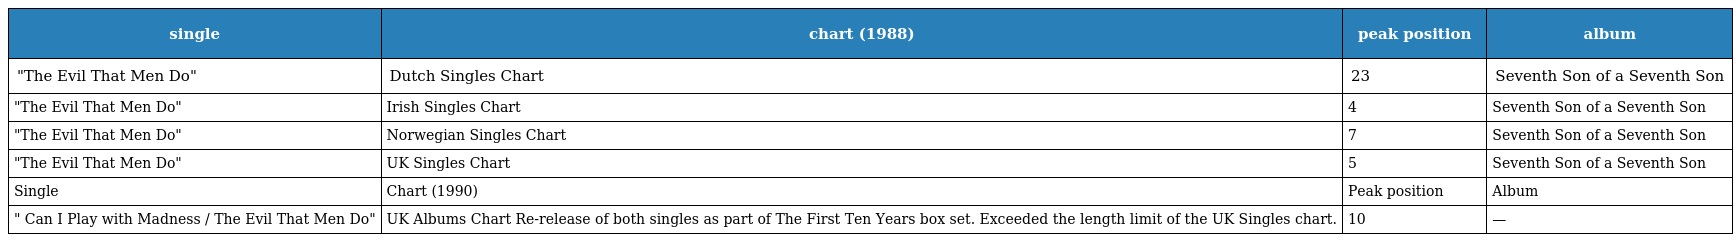
| single | chart (1988) | peak position | album |
 | --- | --- | --- | --- |
 | "The Evil That Men Do" | Dutch Singles Chart | 23 | Seventh Son of a Seventh Son |
 | "The Evil That Men Do" | Irish Singles Chart | 4 | Seventh Son of a Seventh Son |
 | "The Evil That Men Do" | Norwegian Singles Chart | 7 | Seventh Son of a Seventh Son |
 | "The Evil That Men Do" | UK Singles Chart | 5 | Seventh Son of a Seventh Son |
 | Single | Chart (1990) | Peak position | Album |
 | " Can I Play with Madness / The Evil That Men Do" | UK Albums Chart Re-release of both singles as part of The First Ten Years box set. Exceeded the length limit of the UK Singles chart. | 10 | — |